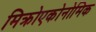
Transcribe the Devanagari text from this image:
मिक्रोएकोनोमिक